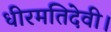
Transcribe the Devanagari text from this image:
धीरमतिदेवी।